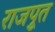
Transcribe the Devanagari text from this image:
राजपूुत